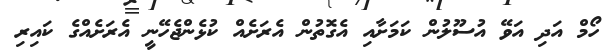
ހޯމް އަދި އަވޭ އުސޫލުން ކަމަށާއި އެގޮތުން އެރަށެއް ކުޅެންޖެހޭނީ އެރަށެއްގެ ކައިރި